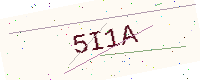
Text: 5I1A